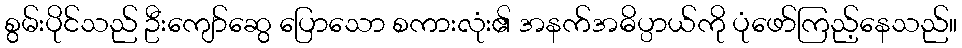
စွမ်းပိုင်သည် ဦးကျော်ဆွေ ပြောသော စကားလုံး၏ အနက်အဓိပ္ပာယ်ကို ပုံဖော်ကြည့်နေသည်။